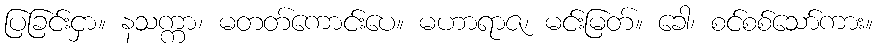
ပြခြင်းငှာ။ နသက္ကာ၊ မတတ်ကောင်းပေ။ မဟာရာဇ၊ မင်းမြတ်။ ခေါ၊ စင်စစ်သော်ကား။